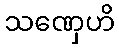
သဏှေဟိ